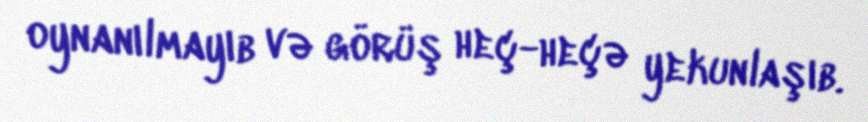
oynanılmayıb və görüş heç-heçə yekunlaşıb.